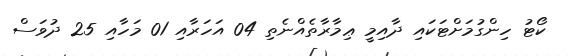
ކޯޓު ހިންގުމަށްޓަކައި ދާއިމީ ޢިމާރާތެއްނެތި 04 އަހަރާއި 01 މަހާއި 25 ދުވަސް